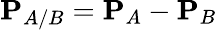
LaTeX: \mathbf{P}_{A/B}=\mathbf{P}_{A}-\mathbf{P}_{B}